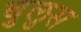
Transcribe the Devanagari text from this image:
बुलुस